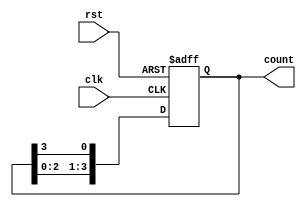
module johnson_counter(
    input clk,
    input rst,
    output [3:0] count
);

reg [3:0] count_reg;

always @(posedge clk or posedge rst) begin
    if(rst) begin
        count_reg <= 4'b0001;
    end else begin
        count_reg <= {count_reg[2:0], count_reg[3]};
    end
end

assign count = count_reg;

endmodule